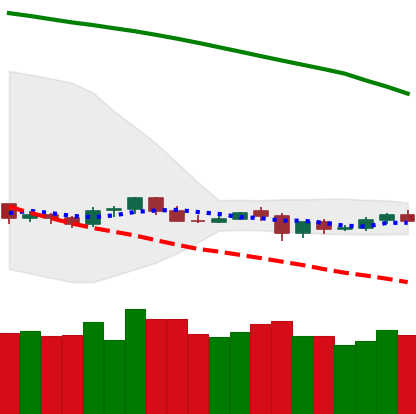
Ticker: NEO-USD
Chart end date: 2019-10-22
Forward return: 58.053%
Label: up_7plus